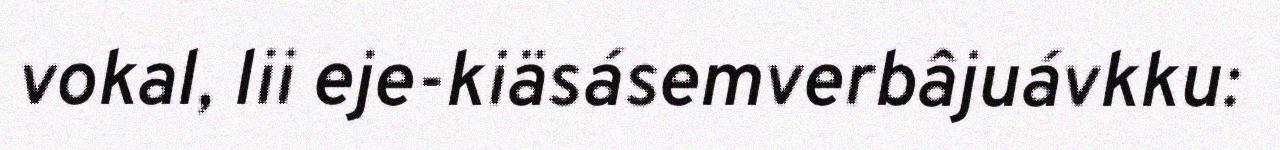
vokal, lii eje-kiäsásemverbâjuávkku: